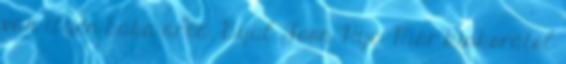
van ilyen baba arca. Byul Joon Hye. Már kiskorától